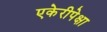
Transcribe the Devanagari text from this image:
एकेरीपेक्षा